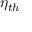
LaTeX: \eta _ { t h }